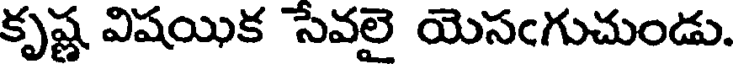
కృష్ణ విషయిక సేవలై యెసఁగుచుండు.